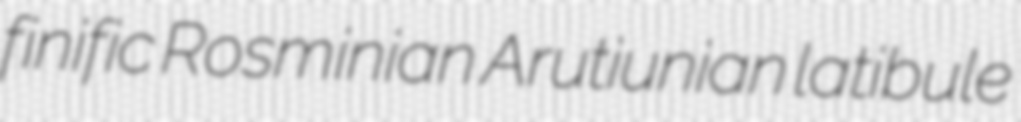
finific Rosminian Arutiunian latibule